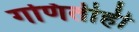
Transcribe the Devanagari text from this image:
गणितीही